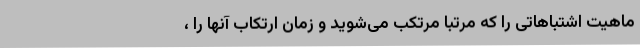
ماهیت اشتباهاتی را که مرتباً مرتکب می‌شوید و زمان ارتکاب آنها را ،